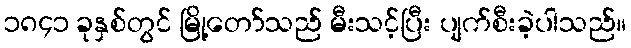
၁၈၄၁ ခုနှစ်တွင် မြို့တော်သည် မီးသင့်ပြီး ပျက်စီးခဲ့ပါသည်။